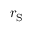
r _ { \mathrm S }